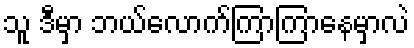
သူ ဒီမှာ ဘယ်လောက်ကြာကြာနေမှာလဲ